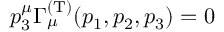
p _ { 3 } ^ { \mu } \Gamma _ { \mu } ^ { ( \mathrm { T } ) } ( p _ { 1 } , p _ { 2 } , p _ { 3 } ) = 0